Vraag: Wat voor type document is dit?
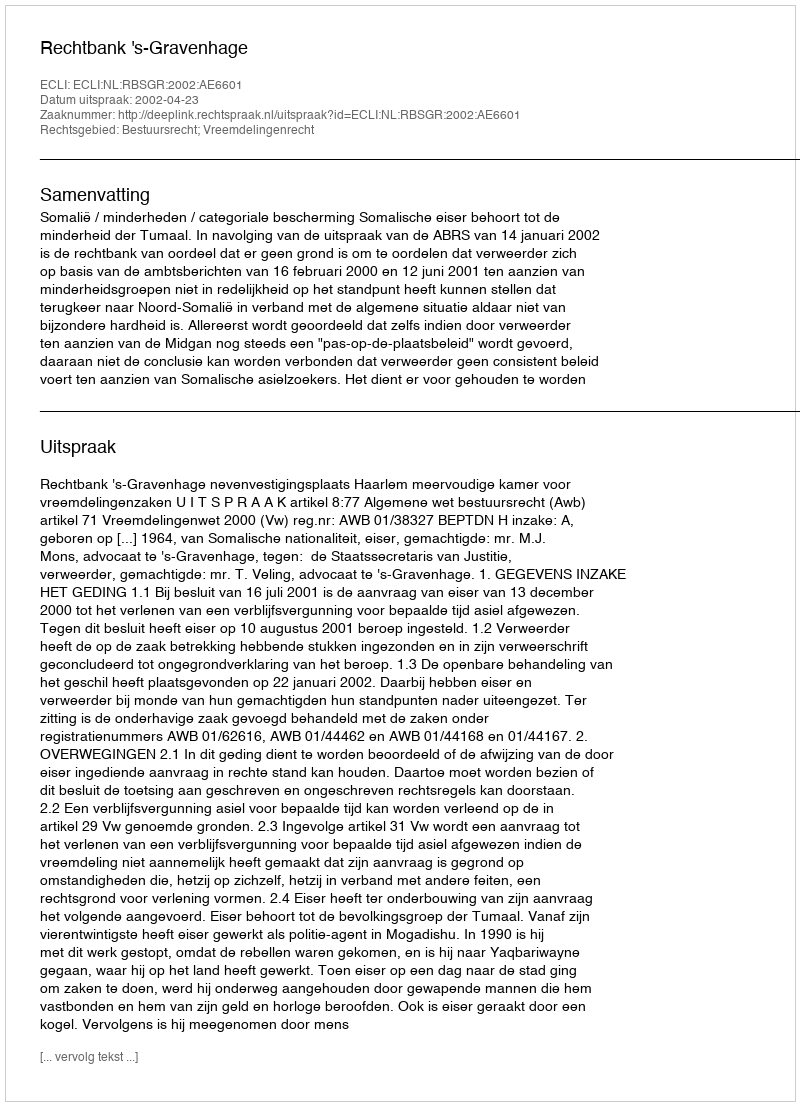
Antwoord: Uitspraak